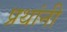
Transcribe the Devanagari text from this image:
प्रथांनी